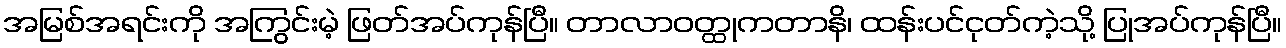
အမြစ်အရင်းကို အကြွင်းမဲ့ ဖြတ်အပ်ကုန်ပြီ။ တာလာဝတ္ထုကတာနိ၊ ထန်းပင်ငုတ်ကဲ့သို့ ပြုအပ်ကုန်ပြီ။